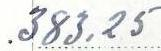
383,25